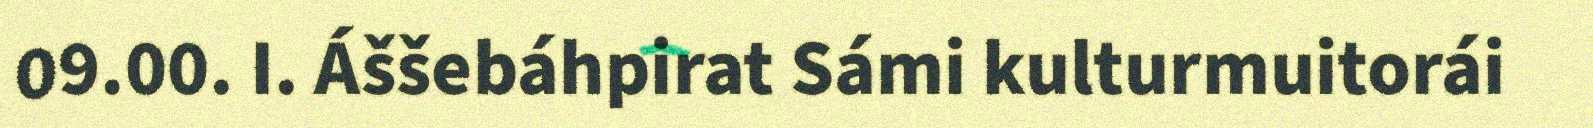
09.00. I. Áššebáhpirat Sámi kulturmuitorái